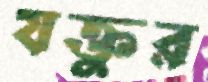
যক্তুর